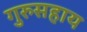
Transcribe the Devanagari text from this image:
गुरुसहाय